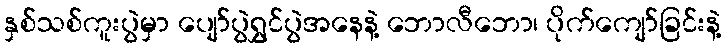
နှစ်သစ်ကူးပွဲမှာ ပျော်ပွဲရွှင်ပွဲအနေနဲ့ ဘောလီဘော၊ ပိုက်ကျော်ခြင်းနဲ့